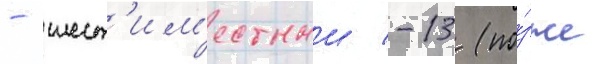
- шест'им'естныи -13 (по́зже